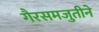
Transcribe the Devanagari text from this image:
गैरसमजुतीने